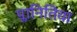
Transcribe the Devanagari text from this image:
प्लानितिया